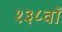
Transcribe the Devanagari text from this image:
१३८वॉ